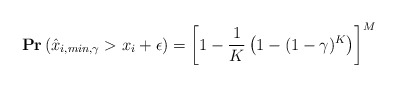
\begin{align*}&\mathbf{Pr}\left(\hat{x}_{i,min,\gamma}> x_i + \epsilon\right)=\left[1-\frac{1}{K}\left(1-(1-\gamma)^{K}\right)\right]^M\end{align*}